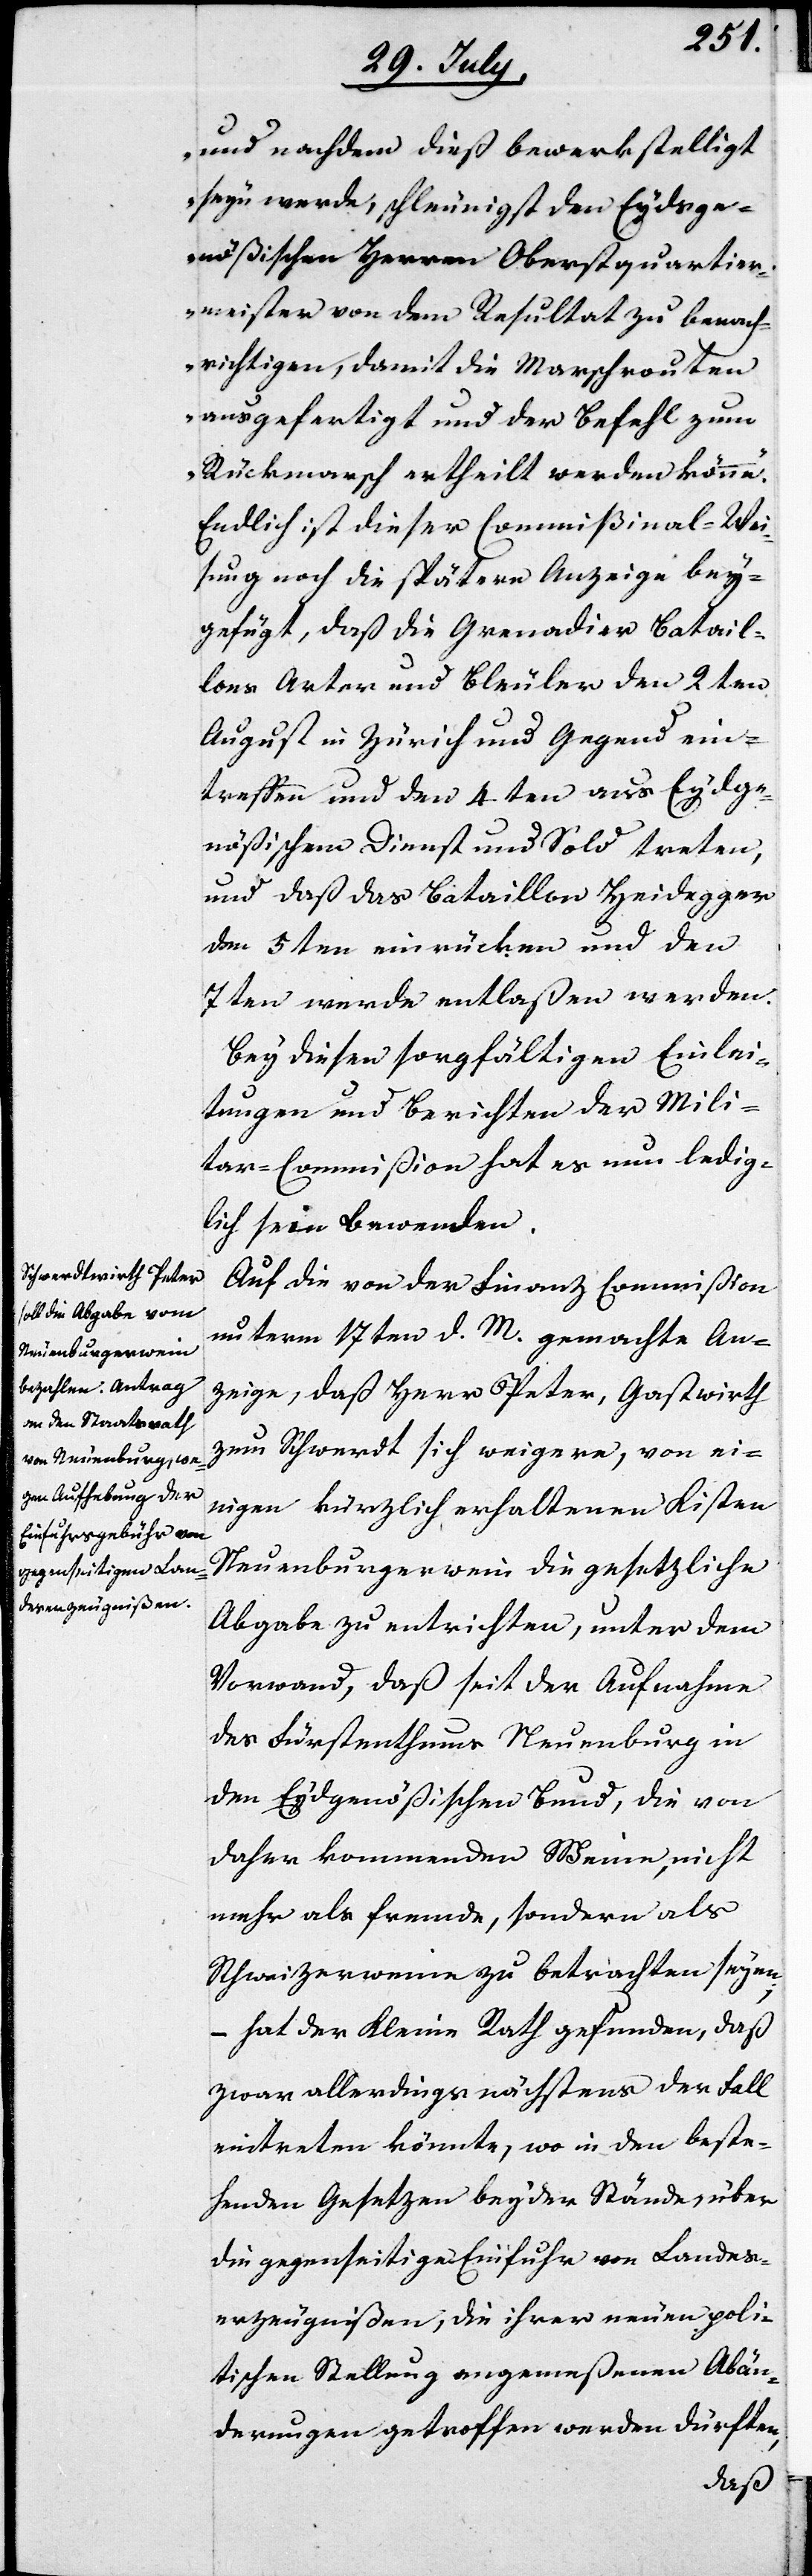
und nachdem dies bewerkstelligt
seyn werde, schleunigst den Eydsge¬
nößischen Herren Oberstquartier¬
meister von dem Resultat zu benach¬
richtigen, damit die Marschrouten
ausgefertiget und der Befehl zum
Rückmarsch ertheilt werden könne.
Endlich ist dieser Commißional-Wei¬
sung noch die spätere Anzeige bey¬
gefügt, daß die Grenadier Batail¬
lons Arter und Bleuler den 2ten
August in Zürich und Gegend ein¬
treffen und den 4ten aus Eydge¬
nößischem Dienst und Sold treten,
und daß das Bataillon Heidegger
den 5ten einrücken und den
7ten werde entlaßen werden.
Bey diesen sorgfältigen Einlei¬
tungen und Berichten der Mili¬
tar-Commißion hat es nun ledig¬
lich sein Bewenden.